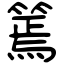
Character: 篶